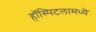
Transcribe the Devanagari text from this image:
हॉस्पिटलामध्ये